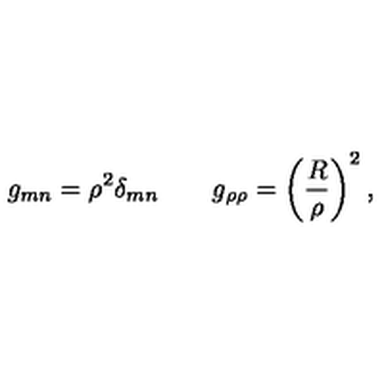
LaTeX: g _ { m n } = \rho ^ { 2 } \delta _ { m n } \qquad g _ { \rho \rho } = \left( { \frac { R } { \rho } } \right) ^ { 2 } ,